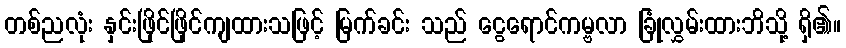
တစ်ညလုံး နှင်းဖြိုင်ဖြိုင်ကျထားသဖြင့် မြက်ခင်း သည် ငွေရောင်ကမ္ဗလာ ခြုံလွှမ်းထားဘိသို့ ရှိ၏။